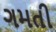
ગમતી